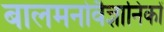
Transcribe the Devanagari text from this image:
बालमनोवैज्ञानिकों